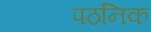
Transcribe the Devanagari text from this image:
पठनिक